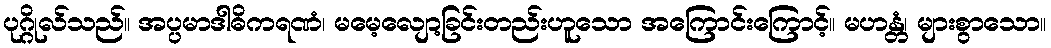
ပုဂ္ဂိုလ်သည်။ အပ္ပမာဒါဓိကရဏံ၊ မမေ့လျော့ခြင်းတည်းဟူသော အကြောင်းကြောင့်။ မဟန္တံ၊ များစွာသော။